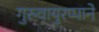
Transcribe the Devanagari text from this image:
गुरुवायुरप्पाने